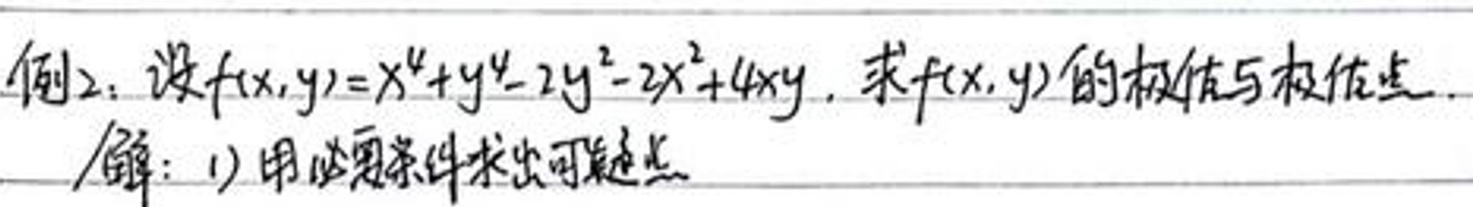
例2: 设\(f(x,y)=x^{4}+y^{4}-2y^{2}-2x^{2}+4xy\)，求\(f(x,y)\)的极值与极值点。

解: (1) 由必要条件求出可疑点。